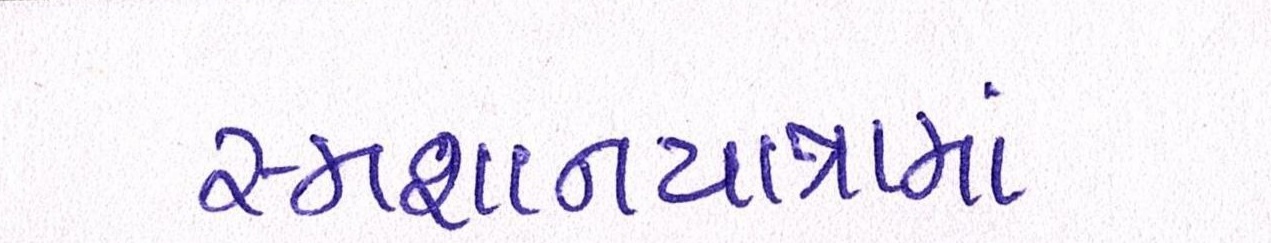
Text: સ્મશાનયાત્રામાં